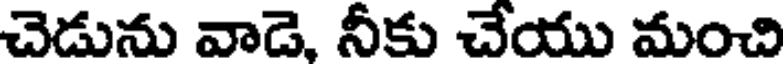
చెడును వాడె, నీకు చేయు మంచి